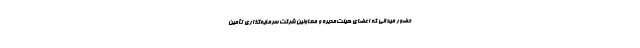
حضور میدانی که اعضای هیئت‌مدیره و معاونین شرکت سرمایه‌گذاری تأمین